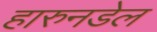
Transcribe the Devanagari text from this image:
हारुनडेल